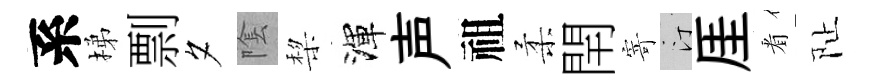
系梯剽夕隂棃渾声祖柔閈寄汀厓㸔阯